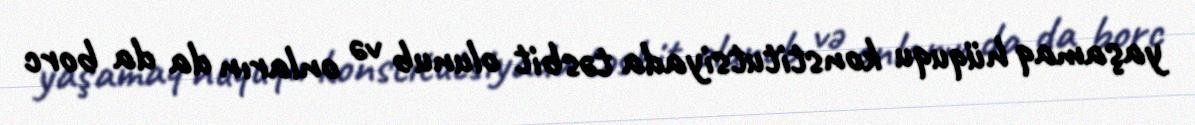
yaşamaq hüququ konstitutsiyada təsbit olunub və onların da da borc